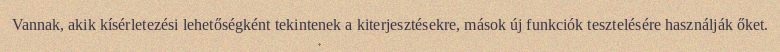
Vannak, akik kísérletezési lehetőségként tekintenek a kiterjesztésekre, mások új funkciók tesztelésére használják őket.